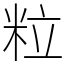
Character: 粒